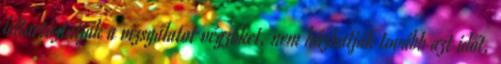
feltartóztatják a vizsgálatot végzőket, nem húzhatják tovább azt időt,